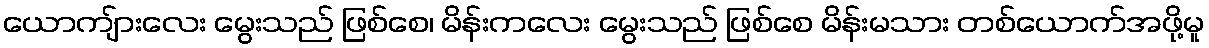
ယောကျ်ားလေး မွေးသည် ဖြစ်စေ၊ မိန်းကလေး မွေးသည် ဖြစ်စေ မိန်းမသား တစ်ယောက်အဖို့မူ